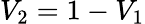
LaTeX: V_{2}=1-V_{1}